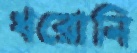
ধরোনি